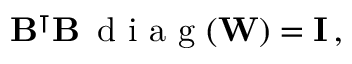
\mathbf { B } ^ { \intercal } \mathbf { B } \, \mathrm { ~ d ~ i ~ a ~ g ~ } ( \mathbf { W } ) = \mathbf { I } \, ,